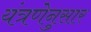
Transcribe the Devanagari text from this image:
यंत्रणेनुसार